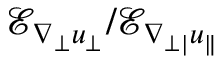
\mathcal { E } _ { \nabla _ { \perp } u _ { \perp } } / \mathcal { E } _ { \nabla _ { \perp | } u _ { \| } }